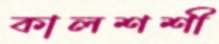
কালশশী